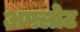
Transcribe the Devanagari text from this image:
अफ्लोट